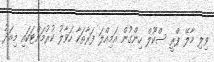
ވިލި މާލޭ ޕްރީ ސްކޫލް ހިންގުން އަމިއްލަ ފަރާތަކާ ހަވާލު ކުރުމަށްޓަކައި މިއަދު